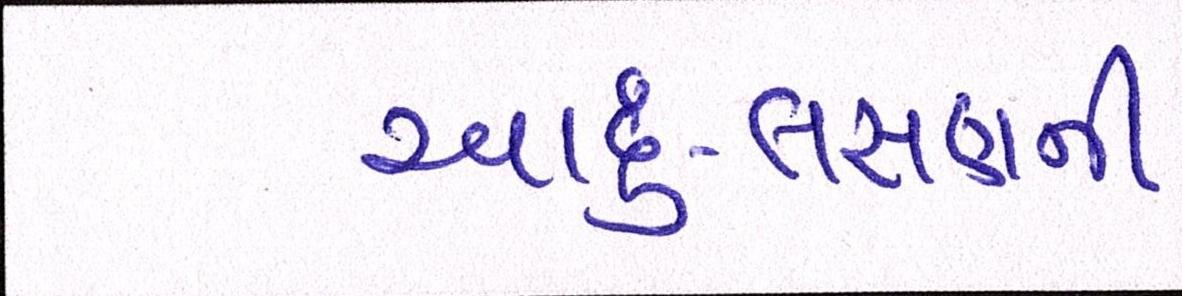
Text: આદું-લસણની